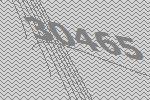
30465